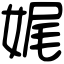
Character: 娓